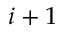
i + 1